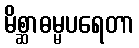
မိစ္ဆာဓမ္မပရေတာ